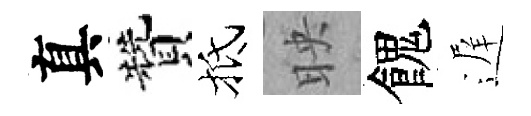
真贊抵映餽遅